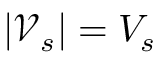
| \mathcal { V } _ { s } | = V _ { s }